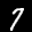
Label: 7